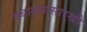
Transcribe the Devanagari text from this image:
गबाळ्यासारखी